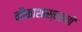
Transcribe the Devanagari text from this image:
नौकाशास्त्राची